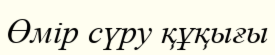
Өмір сүру құқығы